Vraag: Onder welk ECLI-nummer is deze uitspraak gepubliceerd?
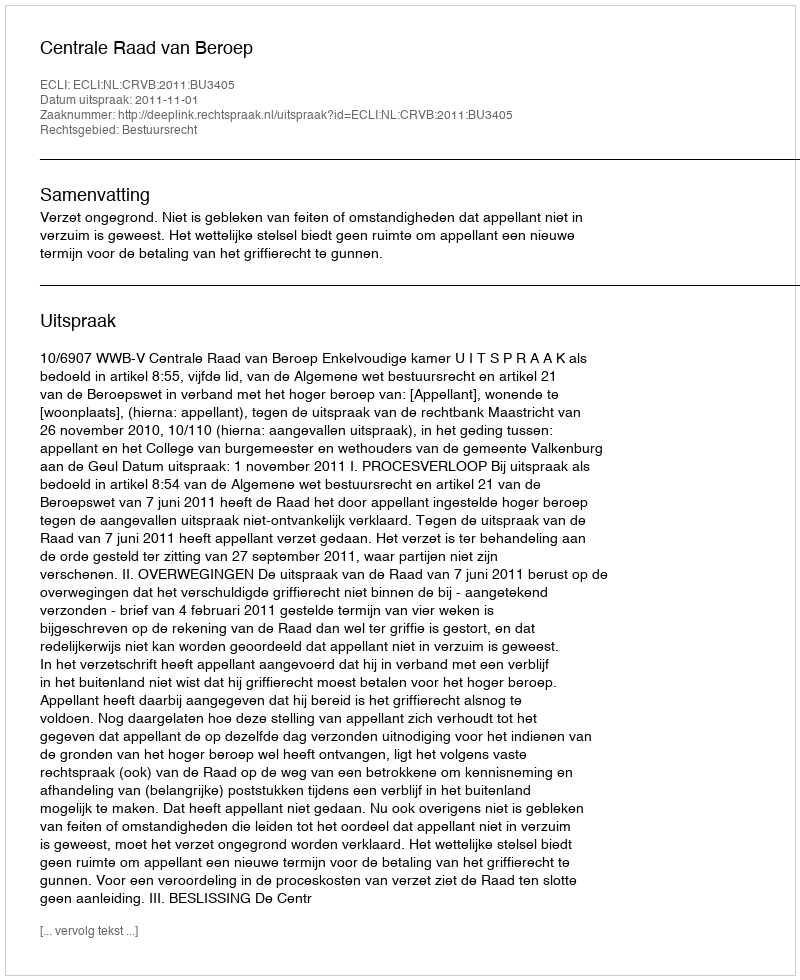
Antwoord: ECLI:NL:CRVB:2011:BU3405